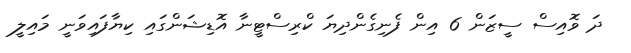
ދަ ވޮއިސް ސީޒަން 6 އިން ފެނިގެންދިޔަ ކްރިސްޓީނާ އޮޑިޝަންގައި ކިޔާފައިވަނީ މައިލީ